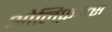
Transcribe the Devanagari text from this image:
ओलिफ़न्त्स